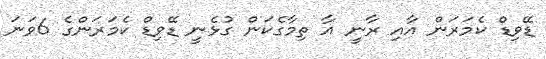
ޑޭވިޑް ކެމަރަން އާއި ރާނީ އާ ތިމާގެކަން ގުޅެނީ ޑޭވިޑް ކެމަރަންގެ 6ވަނަ